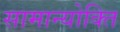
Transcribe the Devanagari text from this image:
सामान्योक्ति